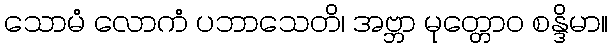
သောမံ လောကံ ပဘာသေတိ၊ အဗ္ဘာ မုတ္တောဝ စန္ဒိမာ။